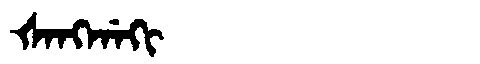
Manchu: ᡧᠠᠩᡤᠠᡴᡳ
Romanization: ŠANGGAKI